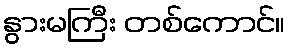
နွားမကြီး တစ်ကောင်။